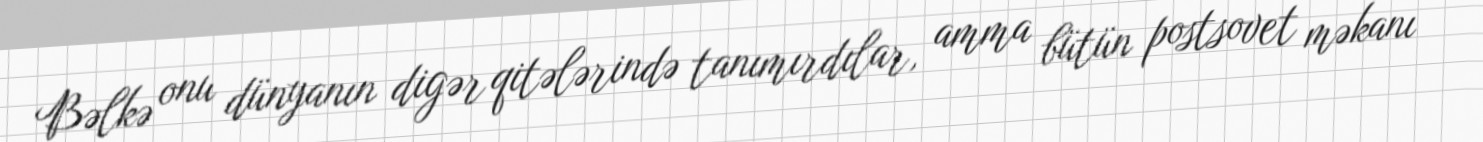
Bəlkə onu dünyanın digər qitələrində tanımırdılar, amma bütün postsovet məkanı